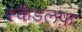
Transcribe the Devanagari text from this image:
स्कैंडलफ़